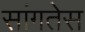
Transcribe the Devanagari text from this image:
सांगतेस